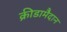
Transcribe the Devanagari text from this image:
क्रीडामैदान